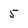
Character: 5